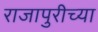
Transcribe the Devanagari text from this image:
राजापुरीच्या